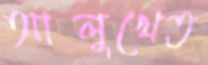
আলুখেত